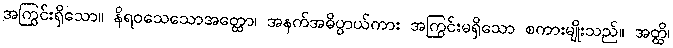
အကြွင်းရှိသော။ နိရဝသေသောအတ္ထော၊ အနက်အဓိပ္ပာယ်ကား အကြွင်းမရှိသော စကားမျိုးသည်။ အတ္ထိ၊